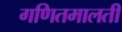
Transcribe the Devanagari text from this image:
गणितमालती